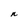
Character: n